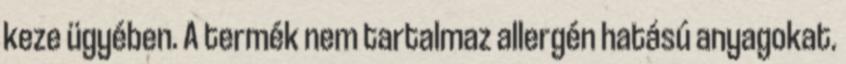
keze ügyében. A termék nem tartalmaz allergén hatású anyagokat.